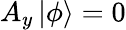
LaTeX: A_{y}\mathinner{|{\phi}\rangle}=0